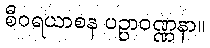
စီဝရယာစန ပဉ္ပာဝဏ္ဏနာ။